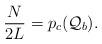
LaTeX: \begin{align*}\frac{N}{2L} = p_{c}(\mathcal{Q}_{b}).\end{align*}